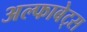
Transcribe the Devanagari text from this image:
अल्फाबेट्स